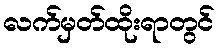
လက်မှတ်ထိုးရာတွင်